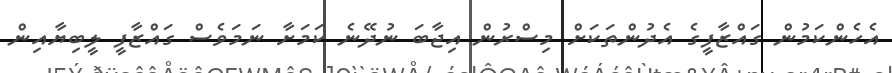
އެހެންކަމުން ގައްޒާފީގެ އެދުންތަކަށް މިސްރުން އިޖާބަ ނުދޭނެ ކަމަށާ ނަމަވެސް ގައްޒާފީ ލީބިޔާއިން